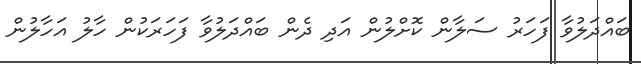
ބައްދަލުވާ ފަހަރު ސަލާން ކޮށްލުން އަދި ދެން ބައްދަލުވާ ފަހަރަކުން ހާލު އަހާލުން